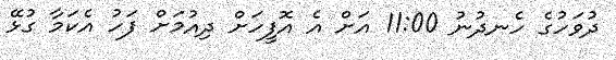
ދުވަހުގެ ހެނދުނު 11:00 އަށް އެ އޮފީހަށް ދިއުމަށް ފަހު އެކަމާ ގުޅޭ